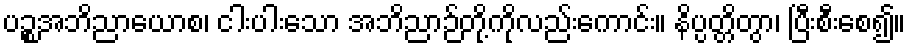
ပဉ္စအဘိညာယောစ၊ ငါးပါးသော အဘိညာဉ်တို့ကိုလည်းကောင်း။ နိပ္ပတ္တိတွာ၊ ပြီးစီးစေ၍။